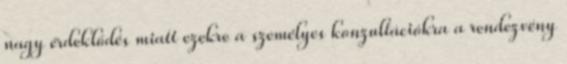
nagy érdeklődés miatt ezekre a személyes konzultációkra a rendezvény